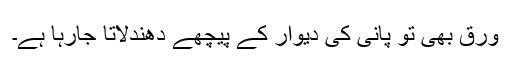
ورق بھی تو پانی کی دیوار کے پیچھے دھندلاتا جارہا ہے۔